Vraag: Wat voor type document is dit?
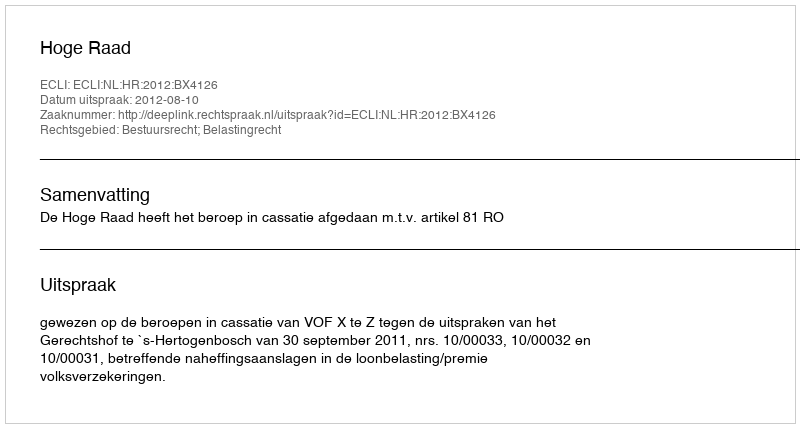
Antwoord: Uitspraak